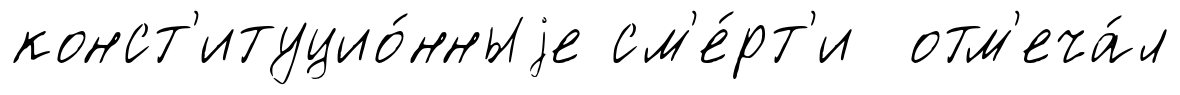
конст'итуцио́нныjе см'е́рт'и отм'еча́л